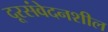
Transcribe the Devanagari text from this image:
दूरसंवेदनशील